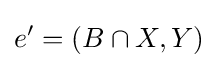
e'=(B\cap X,Y)